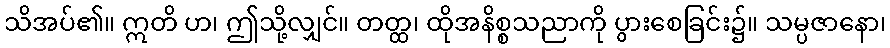
သိအပ်၏။ ဣတိ ဟ၊ ဤသို့လျှင်။ တတ္ထ၊ ထိုအနိစ္စသညာကို ပွားစေခြင်း၌။ သမ္ပဇာနော၊